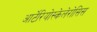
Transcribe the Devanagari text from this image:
आर्टेरियोस्केलेरोसिस